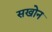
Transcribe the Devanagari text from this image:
सखोन